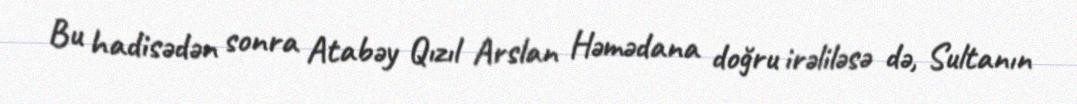
Bu hadisədən sonra Atabəy Qızıl Arslan Həmədana doğru irəliləsə də, Sultanın